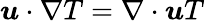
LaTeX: \boldsymbol{u}\cdot\nabla T=\nabla\cdot\boldsymbol{u}T